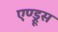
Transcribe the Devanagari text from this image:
एण्ड्रूस